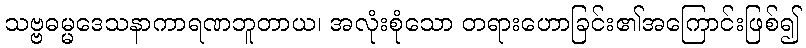
သဗ္ဗဓမ္မဒေသနာကာရဏဘူတာယ၊ အလုံးစုံသော တရားဟောခြင်း၏အကြောင်းဖြစ်၍